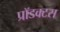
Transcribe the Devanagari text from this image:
प्रॉडक्टस